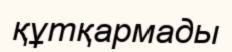
құтқармады